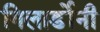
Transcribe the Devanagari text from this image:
गिलार्डोनी